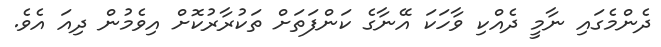
ދެންމެގައި ނާމީ ދެއްކި ވާހަކަ އޭނާގެ ކަންފަތަށް ތަކުރާރުކޮށް އިވެމުން ދިއަ އެވެ.